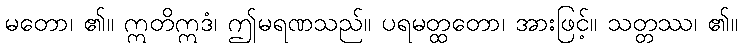
မတော၊ ၏။ ဣတိဣဒံ၊ ဤမရဏသည်။ ပရမတ္ထတော၊ အားဖြင့်။ သတ္တဿ၊ ၏။